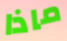
ماذا